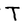
Character: T